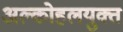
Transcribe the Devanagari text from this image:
अल्कोहलयुक्त